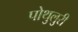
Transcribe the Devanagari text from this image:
पोथुलुरी